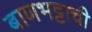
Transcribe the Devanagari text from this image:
बाणभट्टाची